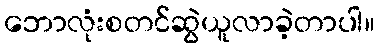
ဘောလုံးစတင်ဆွဲယူလာခဲ့တာပါ။